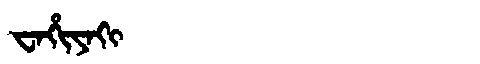
Manchu: ᠸᠠᡥᡳᠶᠠᡴᡳ
Romanization: WAHIYAKI